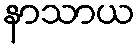
နာသာယ